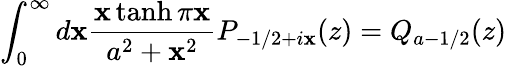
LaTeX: \int_{0}^{\infty}d\mathbf{x}\frac{{\mathbf{x}\operatorname{tanh}\pi\mathbf{x}}}{{a^{2}+\mathbf{x}^{2}}}P_{-1/2+i\mathbf{x}}(z)=Q_{a-1/2}(z)